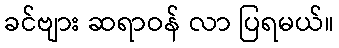
ခင်ဗျား ဆရာဝန် လာ ပြရမယ်။